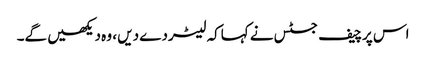
اس پرچیف جسٹس نے کہاکہ لیٹردے دیں ، وہ دیکھیں گے۔